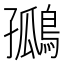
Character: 𪂮